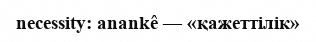
necessity: anankê — «қажеттілік»